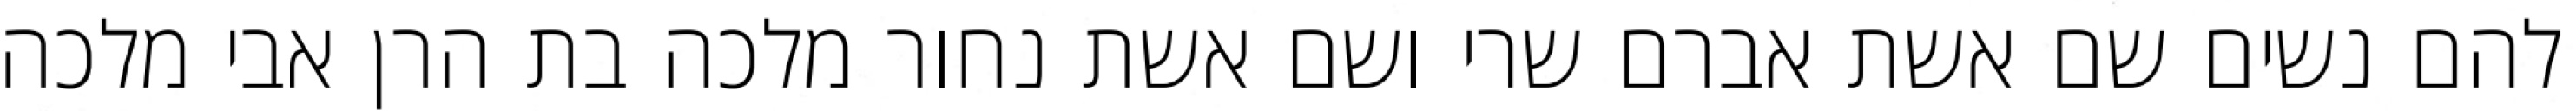
להם נשים שם אשת אברם שרי ושם אשת נחור מלכה בת הרן אבי מלכה